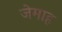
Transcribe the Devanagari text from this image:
जेमाह